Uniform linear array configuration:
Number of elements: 8
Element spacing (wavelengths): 0.5
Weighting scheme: kaiser
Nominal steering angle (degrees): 45
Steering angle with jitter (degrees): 44.224
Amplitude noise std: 0.05
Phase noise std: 0.05

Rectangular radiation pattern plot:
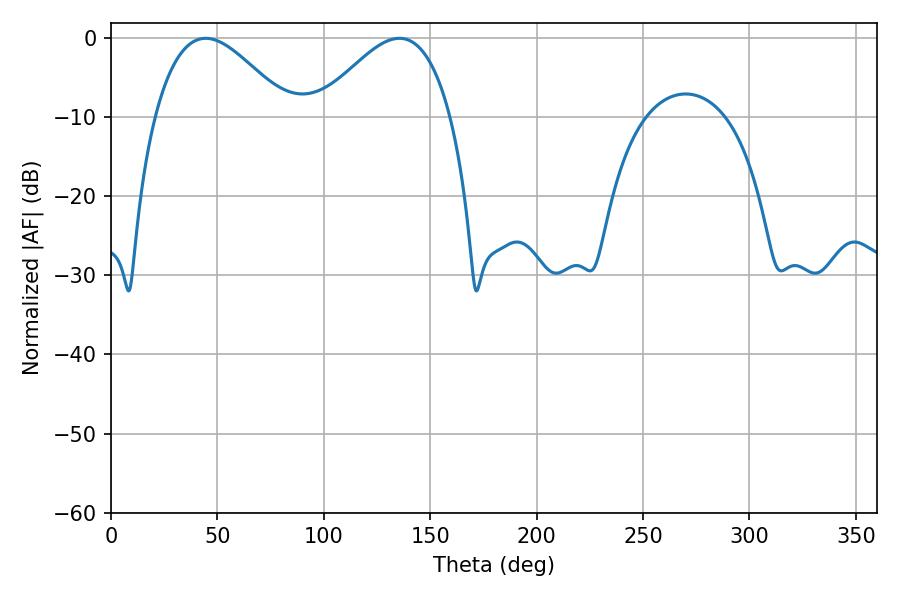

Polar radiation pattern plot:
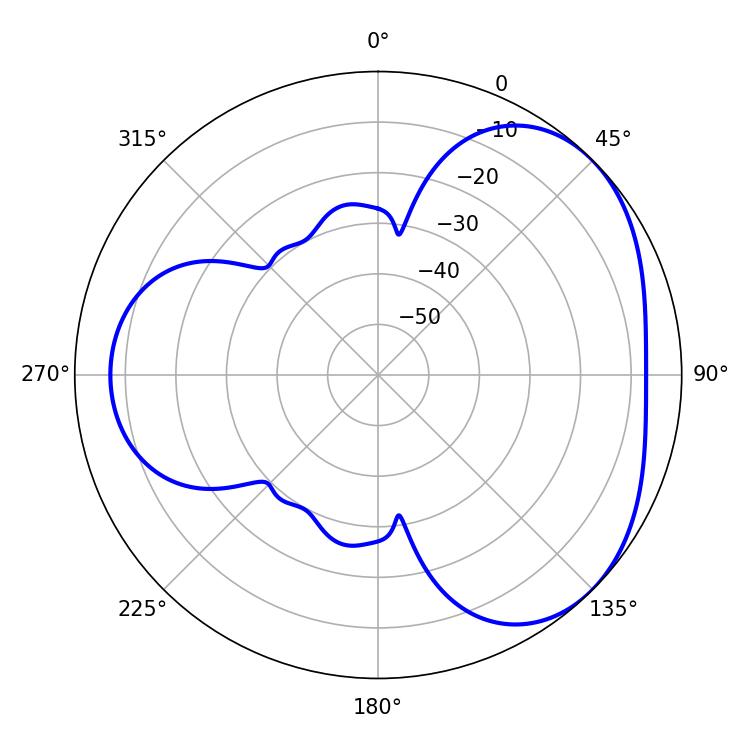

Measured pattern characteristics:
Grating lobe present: FALSE
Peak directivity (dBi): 3.718
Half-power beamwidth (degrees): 33.84
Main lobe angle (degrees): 44.46